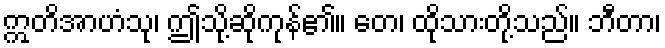
ဣတိအာဟံသု၊ ဤသို့ဆိုကုန်၏။ တေ၊ ထိုသားတို့သည်။ ဘီတာ၊